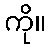
ကို။